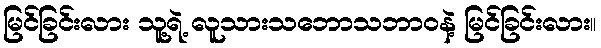
မြင်ခြင်းလား သူ့ရဲ့ လူသားသဘောသဘာဝနဲ့ မြင်ခြင်းလား။